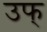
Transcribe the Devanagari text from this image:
उफ्‌